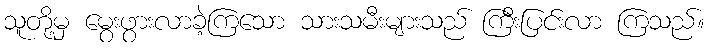
သူတို့မှ မွေးဖွားလာခဲ့ကြသော သားသမီးများသည် ကြီးပြင်းလာ ကြသည်။